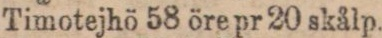
Timotejhö 58 öre pr 20 skålp.